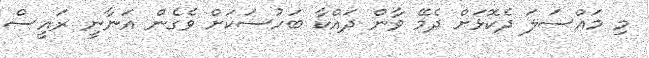
މި މައްސަލަ ދެކޮޅަށް ދެމޭ ވާން ދައްކާ ބަހުސަކަށް ވެގެން އަނާނީ ރައީސް